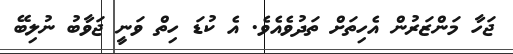
ޖަހާ މަންޒަރުން އެހިތަށް ތަދުވެއެވެ. އެ ކުޑަ ހިތް ވަނީ ޖަވާބު ނުލިބޭ